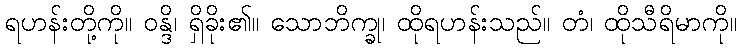
ရဟန်းတို့ကို။ ဝန္ဒိ၊ ရှိခိုး၏။ သောဘိက္ခု၊ ထိုရဟန်းသည်။ တံ၊ ထိုသီရိမာကို။